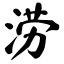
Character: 涝